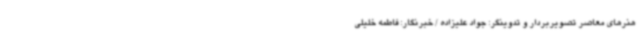
هنرهای معاصر تصویربردار و تدوینگر: جواد علیزاده / خبرنگار: فاطمه خلیلی